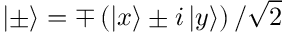
\left| \pm \right\rangle = \mp \left( \left| x \right\rangle \pm i \left| y \right\rangle \right) / \sqrt { 2 }